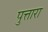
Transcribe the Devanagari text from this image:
पुत्तारा